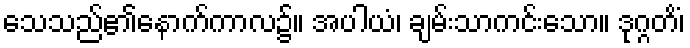
သေသည်၏နောက်ကာလ၌။ အပါယံ၊ ချမ်းသာကင်းသော။ ဒုဂ္ဂတိံ၊